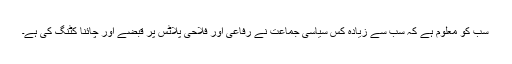
سب کو معلوم ہے کہ سب سے زیادہ کس سیاسی جماعت نے رفاعی اور فلاحی پلاٹس پر قبضے اور چائنا کٹنگ کی ہے۔